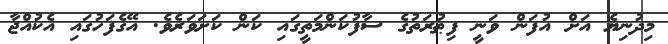
މިދުނިޔެ އަށް އުފަން ވަނީ ފިޠުރަތުގެ ސާފުކަންމަތީގައި ކަން ކަށަވަރެވެ. އޭގެފަހުގައި އެކުއްޖާ